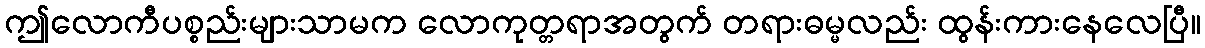
ဤလောကီပစ္စည်းများသာမက လောကုတ္တရာအတွက် တရားဓမ္မလည်း ထွန်းကားနေလေပြီ။